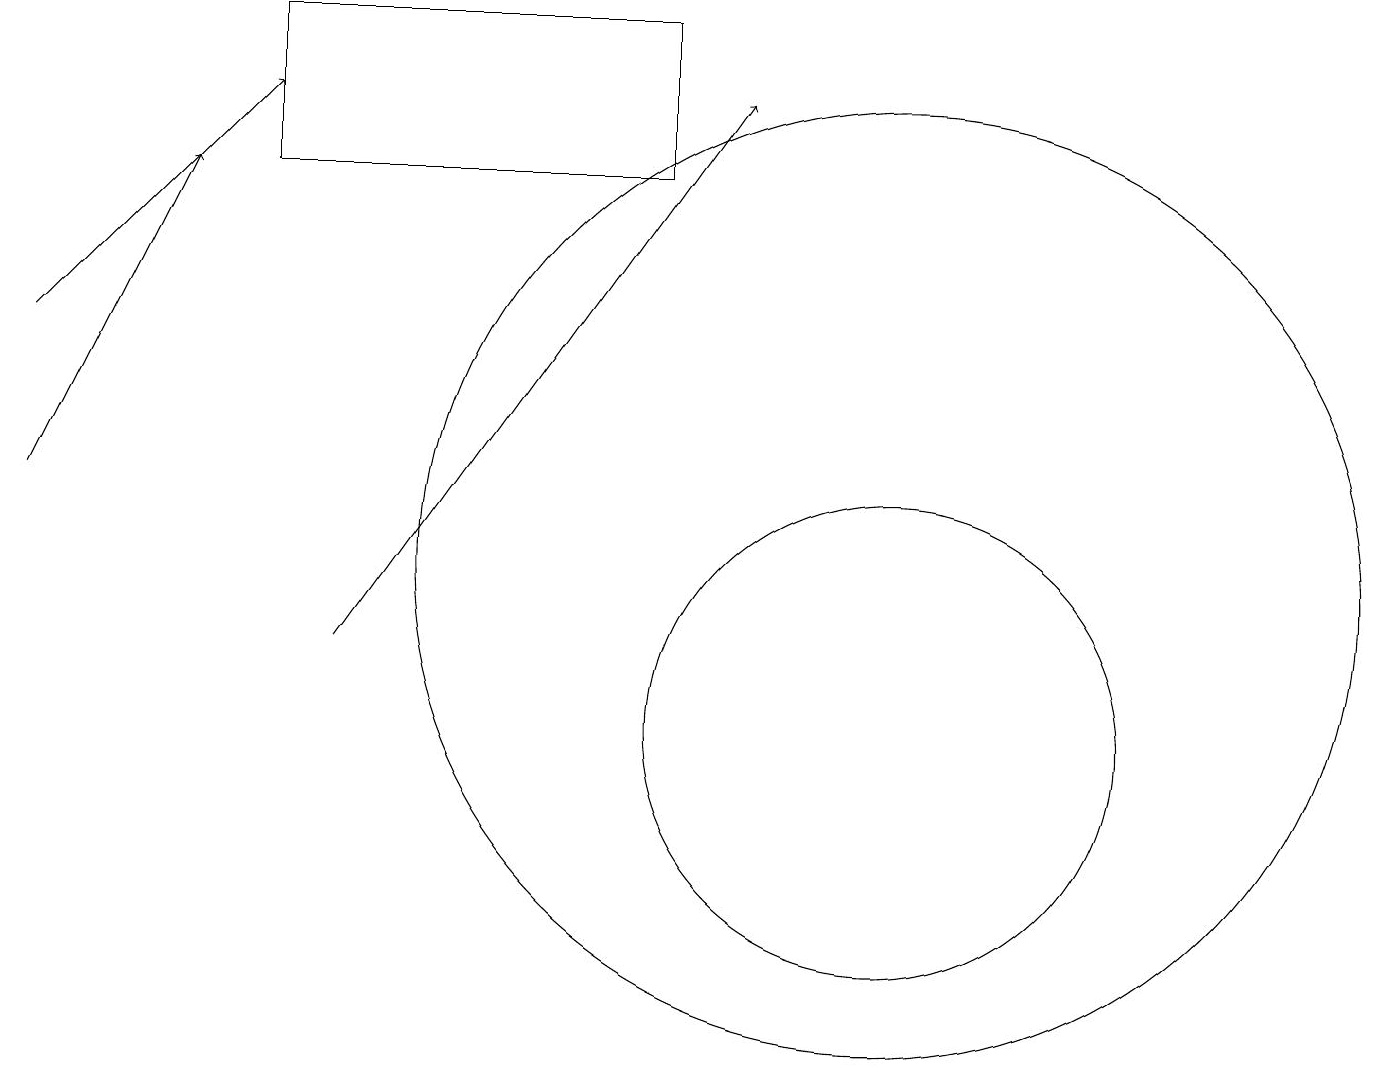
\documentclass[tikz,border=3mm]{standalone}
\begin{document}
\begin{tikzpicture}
\draw (3,17) rectangle (8,19);
\draw[->] (0,13) -- (2,17);
\draw[->] (0,15) -- (3,18);
\draw (11,10) circle (3);
\draw[->] (4,11) -- (9,18);
\draw (11,12) circle (6);
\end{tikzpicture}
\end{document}